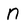
Character: n